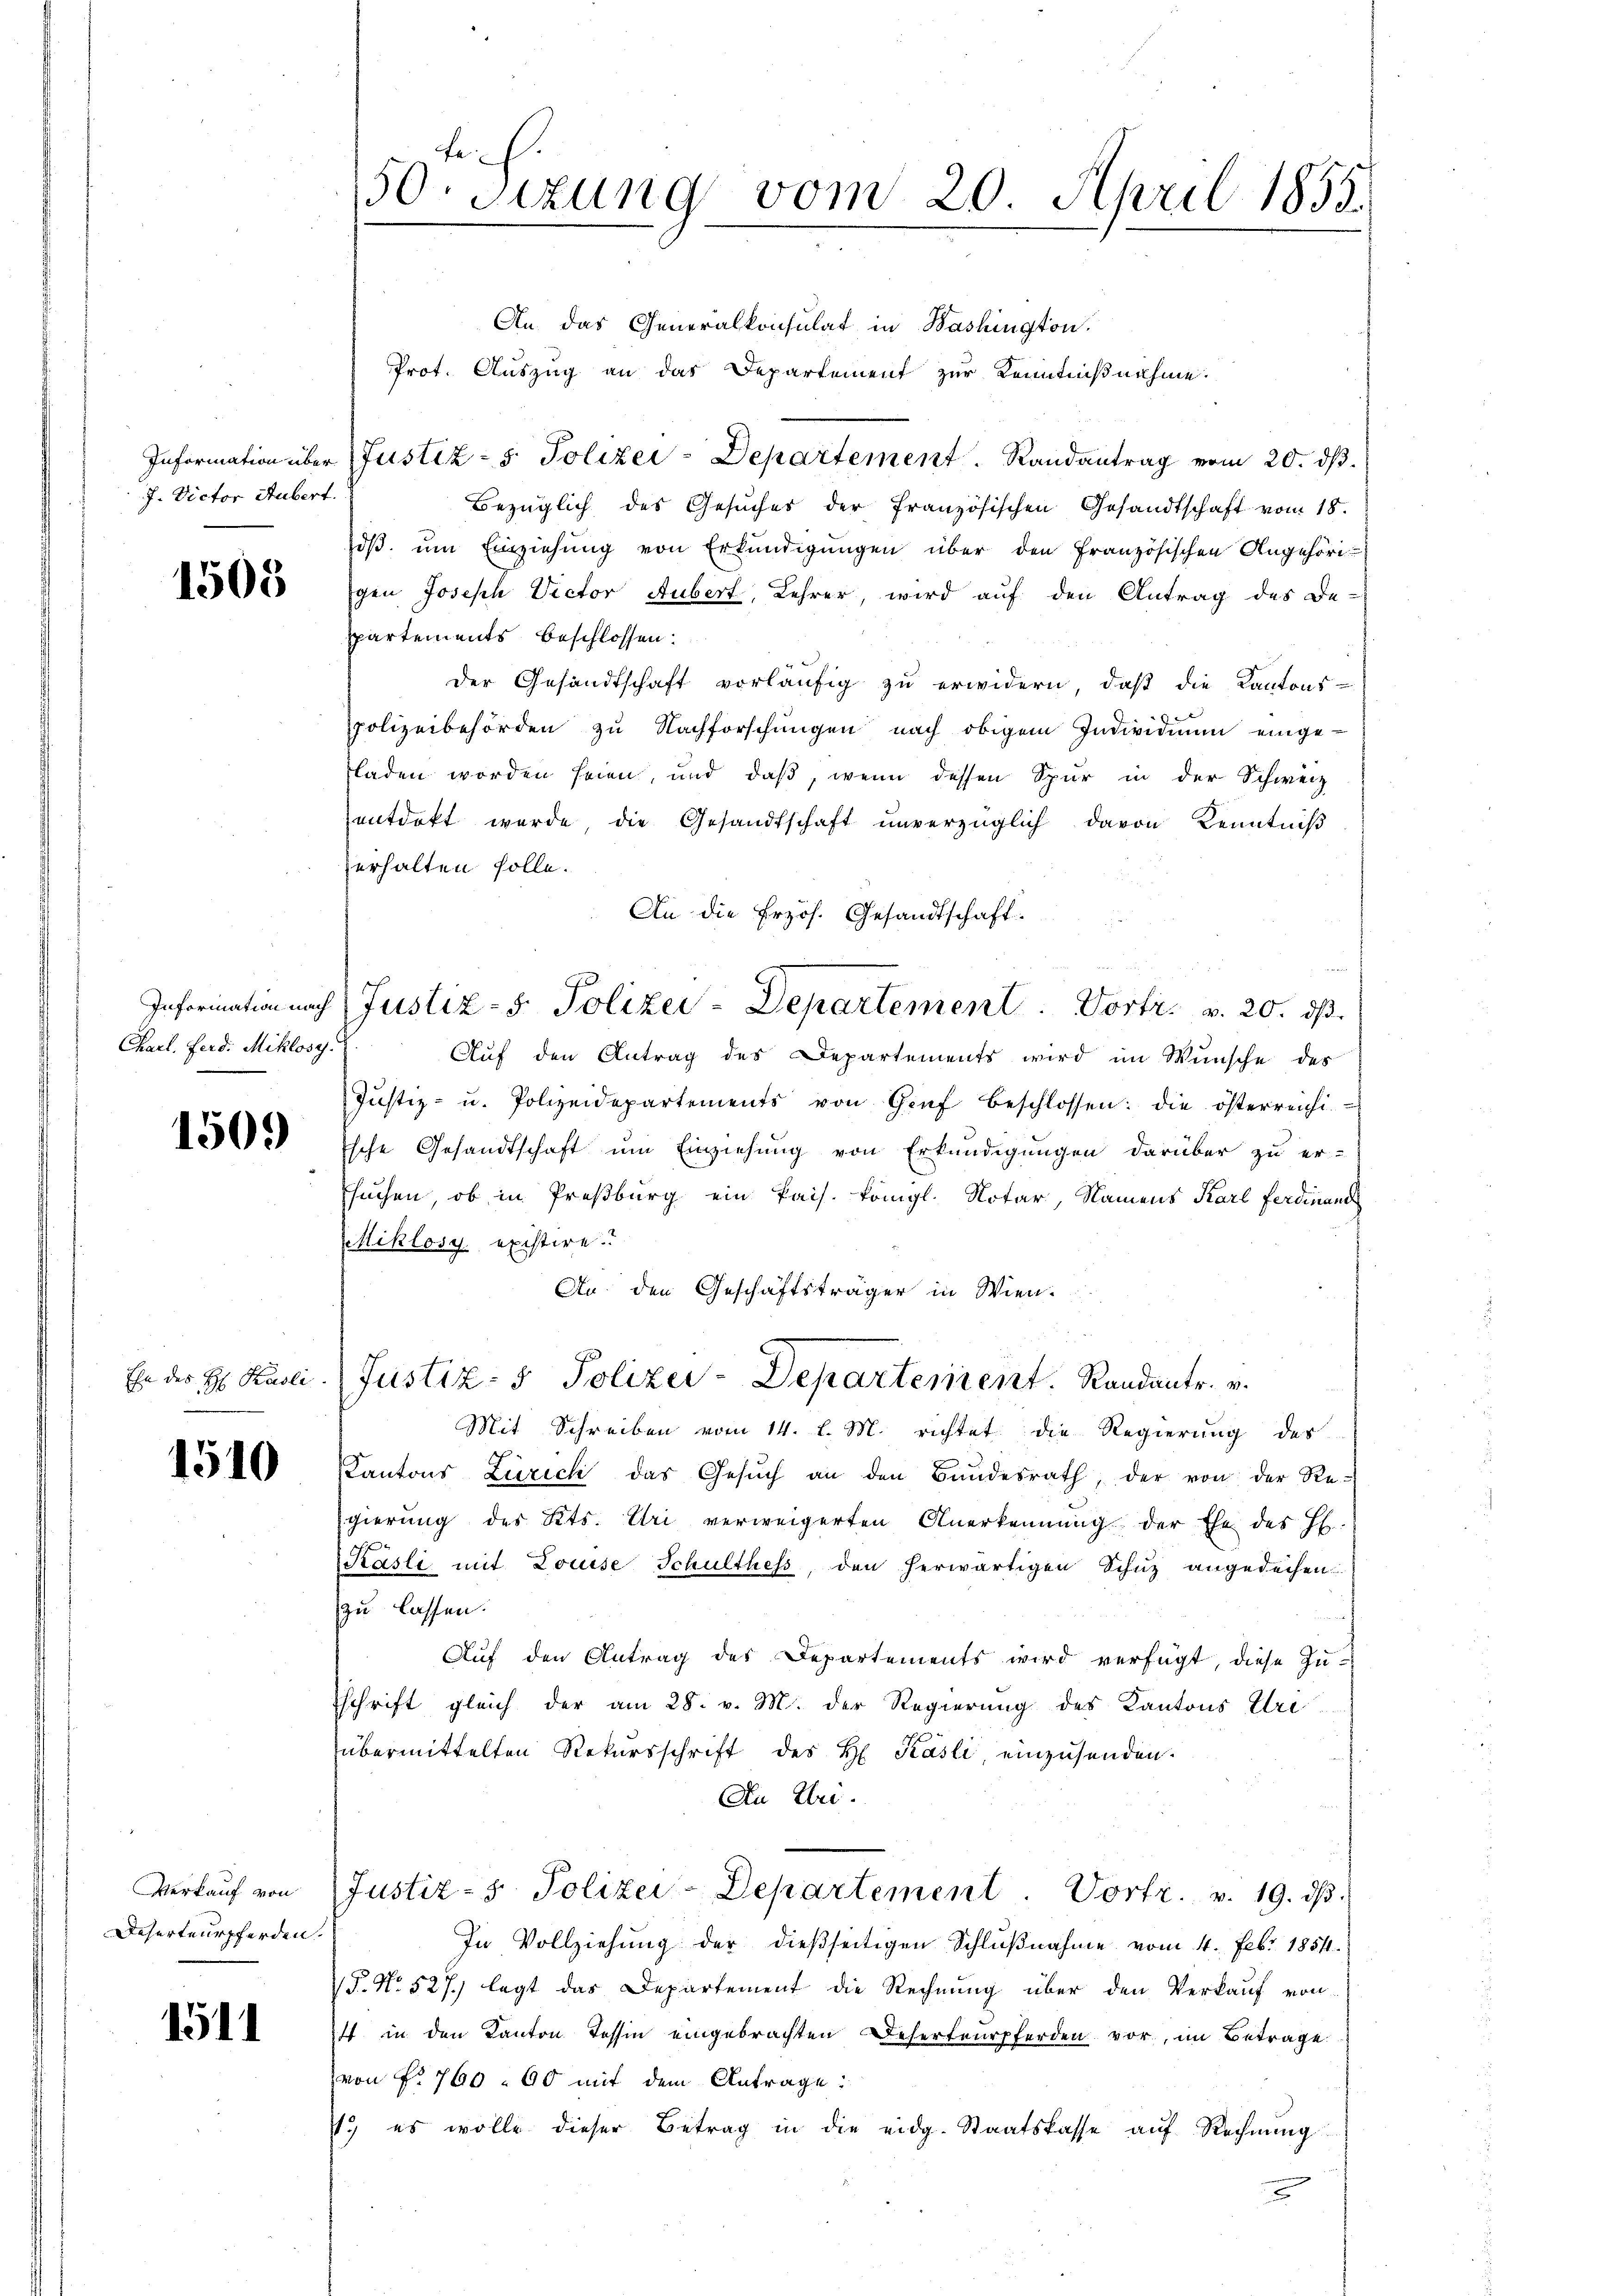
50. Sitzung vom 20. April 1855.

An das Generalkonsulat in Washington.
Prot. Auszug an das Departement zur Kenntnißnahme.
Information über Justiz- & Polizei-Departement Randantrag vom 20. ds.
Bezüglich des Gesuches der französischen Gesandtschaft vom 18.
Joß um Einziehung von Erkundigungen über den Französischen Angehöri-
gen Joseph Victor Aubert, Lehrer, wird auf den Antrag des De-
spartements beschlossen:
der Gesandtschaft vorläufig zu erwidern, daß die Kantons-
polizeibehörden zu Nachforschungen nach obigem Individium einge-
fladen worden seien, und daß, wenn dessen Spur in der Schweiz
entdeckt werde, die Gesandtschaft unverzüglich davon Kenntniß
erhalten solle.
An die Erzös. Gesandtschaft.
Information nach Justiz- & Polizei-Departement           Porte              20. ds.
Auf den Antrag des Departements wird im Wunsche des
Justiz- u. Polizeidepartements von Graf beschlossen: die österreichi
Esche Gesandtschaft um Einziehung von Erkundigungen darüber zu er-
suchen, ob in Preßburg ein Pais. Königl. Notar, Namens Karl Ferdinand
Miklosy. existire.
An den Geschäftsträger in Wien-
Justiz- & Polizei-Departement. Randants. v.
Mit Schreiben vom 14. l. M. richtet die Regierung des
Kantons Zürich das Gesŭch an den Bundesrath, der von der Re-
gierung des Kts. Uri verweigerten Anerkennung der Ehe des H.
Kasli mit Louise Schulthess, den herwärtigen Schuz angedechen
zu lassen.
Auf den Antrag des Departements wird verfügt, diese Zuschrift gleich der am 28. v. M. der Regierung des Kantons Uri
übermittelten Rekursschrift des H. Käsli, einzusenden.
An Uri.
Justiz- u. Polizei-Departement. Vortr. v. 19. dβ.
In Vollziehŭng der dießseitigen Schlŭβnahme vom 4. Febr. 1854.
P. Nr. 527.) legt das Departement die Rechnung über den Verkauf von
4 in den Kanton Tessin eingebrachten Deserteurpferden vor, im Betrage
von No 760. 60 mit dem Antrage:
.) es wolle dieser Betrag in die eidg. Staatskasse auf Rechnung
2

J. Victor Hubert.

1505

Charl. Ferd: Miklosy.

1509)

Ehe des H: Käsli

1510

Verkauf von
Deserteurpferden.

1511